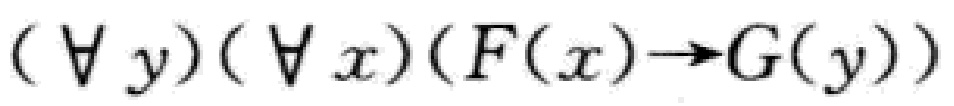
$(\forall y)(\forall x)(F(x)\rightarrow G(y))$